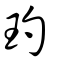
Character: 玓